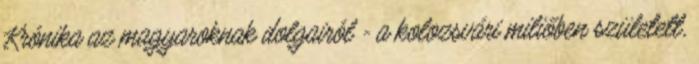
Krónika az magyaroknak dolgairól - a kolozsvári miliőben született,